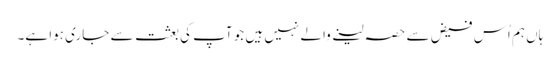
ہاں ہم اُس فیض سے حصہ لینے والے نہیں ہیں جو آپ کی بعثت سے جاری ہوا ہے۔